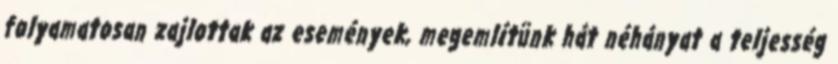
folyamatosan zajlottak az események, megemlítünk hát néhányat a teljesség